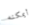
أيمكنه